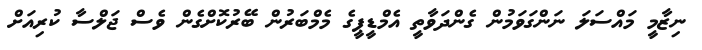
ނިޒާމީ މައްސަލަ ނަންގަވަމުން ގެންދަވާތީ އެމްޑީޕީގެ މެމްބަރުން ބޭރުކޮށްގެން ވެސް ޖަލްސާ ކުރިއަށް